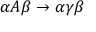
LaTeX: \alpha A \beta \rightarrow \alpha \gamma \beta